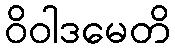
ဝိဝါဒမေတိ